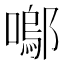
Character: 𭋒